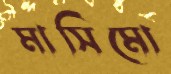
মাসিমো